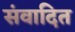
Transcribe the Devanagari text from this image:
संवादित